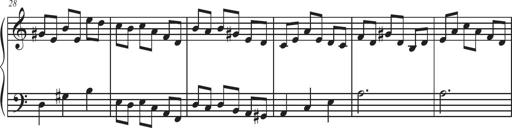
Title: Sonatina Espania
Composer: Jerald Franklin Archer
Key: Various